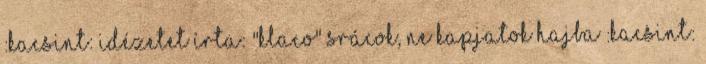
:kacsint: Idézetet írta: "KLaco" Srácok, ne kapjatok hajba :kacsint: